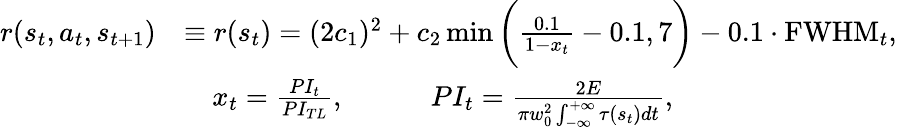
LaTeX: \begin{array}{rl}{r(s_{t},a_{t},s_{t+1})}&{\equiv r(s_{t})=(2c_{1})^{2}+c_{2}\operatorname*{min}\bigg(\frac{0.1}{1-x_{t}}-0.1,7\bigg)-0.1\cdot\mathrm{FWHM}_{t},}\\ &{\quad x_{t}=\frac{PI_{t}}{PI_{TL}},\qquad\quad PI_{t}=\frac{2E}{\pi w_{0}^{2}\int_{-\infty}^{+\infty}\tau(s_{t})dt},}\end{array}